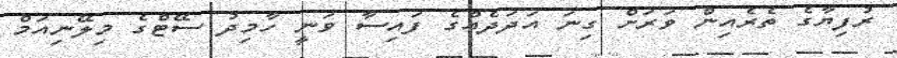
ރުފިޔާގެ ތެރެއިން ވަރަށް ގިނަ އަދަދެއްގެ ފައިސާ ވަނީ ހާމިދު ސޭޓްގެ މިލޭނިއަމް